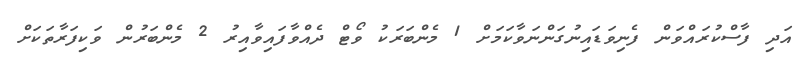
އަދި ފާސްކުރައްވަން ފެނިވަޑައިނުގަންނަވާކަމަށް 1 މެންބަރަކު ވޯޓް ދެއްވާފައިވާއިރު 2 މެންބަރުން ވަކިފަރާތަކަށް